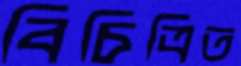
বিচিত্রিত